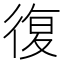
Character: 復